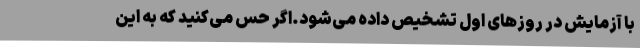
با آزمایش در روزهای اول تشخیص داده می‌شود.اگر حس می‌کنید که به این